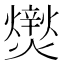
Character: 㸉